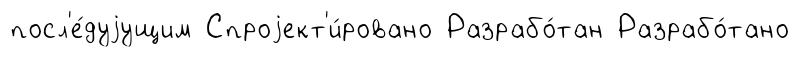
посл'е́дуjущим Спроjект'и́ровано Разрабо́тан Разрабо́тано